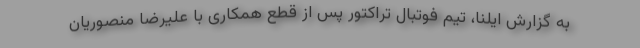
به گزارش ایلنا، تیم فوتبال تراکتور پس از قطع همکاری با علیرضا منصوریان